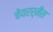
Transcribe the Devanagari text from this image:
चेयरर्मैंस